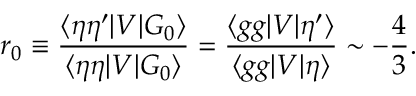
r _ { 0 } \equiv \frac { \langle \eta \eta ^ { \prime } | V | G _ { 0 } \rangle } { \langle \eta \eta | V | G _ { 0 } \rangle } = \frac { \langle g g | V | \eta ^ { \prime } \rangle } { \langle g g | V | \eta \rangle } \sim - \frac { 4 } { 3 } .